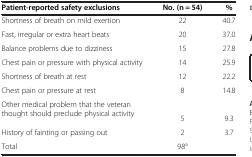
| Patient-reported safety exclusions | No. (n = 54) | % |
 | --- | --- | --- |
 | Shortness of breath on mild exertion | 22 | 40.7 |
 | Fast, irregular or extra heart beats | 20 | 37.0 |
 | Balance problems due to dizziness | 15 | 27.8 |
 | Chest pain or pressure with physical activity | 14 | 25.9 |
 | Shortness of breath at rest | 12 | 22.2 |
 | Chest pain or pressure at rest | 8 | 14.8 |
 | <ROWSPAN=2> Other medical problem that the veteran thought should preclude physical activity |  |  |
 | 5 | 9.3 |
 | History of fainting or passing out | 2 | 3.7 |
 | Total | 98a |  |